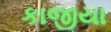
કાજીયા